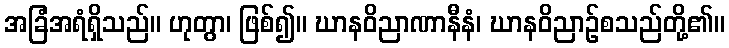
အခြံအရံရှိသည်။ ဟုတွာ၊ ဖြစ်၍။ ဃာနဝိညာဏာနီနံ၊ ဃာနဝိညာဉ်စသည်တို့၏။